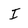
Character: I